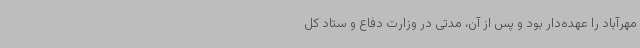
مهرآباد را عهده‌دار بود و پس از آن، مدتی در وزارت دفاع و ستاد کل